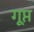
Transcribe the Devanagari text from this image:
गूप्त